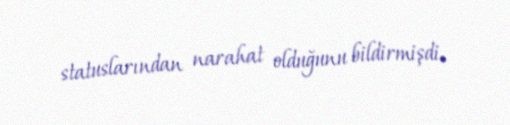
statuslarından narahat olduğunu bildirmişdi.